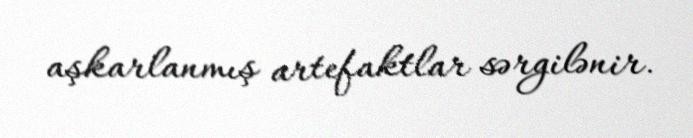
aşkarlanmış artefaktlar sərgilənir.